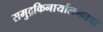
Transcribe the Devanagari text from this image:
समुद्रकिनार्यालगतचा